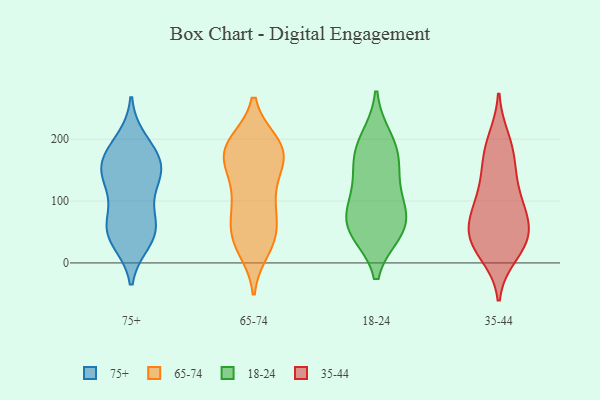
{"axis": {"x": "Latency (ms)", "y": "Value"}, "legend": ["18-24", "35-44", "65-74", "75+"], "data": [{"x": "", "y": 198, "type": "75+"}, {"x": "", "y": 155, "type": "75+"}, {"x": "", "y": 143, "type": "75+"}, {"x": "", "y": 62, "type": "75+"}, {"x": "", "y": 35, "type": "75+"}, {"x": "", "y": 43, "type": "75+"}, {"x": "", "y": 128, "type": "75+"}, {"x": "", "y": 64, "type": "75+"}, {"x": "", "y": 162, "type": "75+"}, {"x": "", "y": 150, "type": "75+"}, {"x": "", "y": 67, "type": "75+"}, {"x": "", "y": 186, "type": "75+"}, {"x": "", "y": 115, "type": "75+"}, {"x": "", "y": 42, "type": "75+"}, {"x": "", "y": 165, "type": "75+"}, {"x": "", "y": 131, "type": "65-74"}, {"x": "", "y": 193, "type": "65-74"}, {"x": "", "y": 158, "type": "65-74"}, {"x": "", "y": 74, "type": "65-74"}, {"x": "", "y": 43, "type": "65-74"}, {"x": "", "y": 32, "type": "65-74"}, {"x": "", "y": 184, "type": "65-74"}, {"x": "", "y": 42, "type": "65-74"}, {"x": "", "y": 44, "type": "65-74"}, {"x": "", "y": 86, "type": "65-74"}, {"x": "", "y": 180, "type": "65-74"}, {"x": "", "y": 97, "type": "65-74"}, {"x": "", "y": 184, "type": "65-74"}, {"x": "", "y": 104, "type": "65-74"}, {"x": "", "y": 192, "type": "65-74"}, {"x": "", "y": 189, "type": "65-74"}, {"x": "", "y": 23, "type": "65-74"}, {"x": "", "y": 166, "type": "65-74"}, {"x": "", "y": 157, "type": "65-74"}, {"x": "", "y": 51, "type": "18-24"}, {"x": "", "y": 101, "type": "18-24"}, {"x": "", "y": 161, "type": "18-24"}, {"x": "", "y": 200, "type": "18-24"}, {"x": "", "y": 62, "type": "18-24"}, {"x": "", "y": 186, "type": "18-24"}, {"x": "", "y": 52, "type": "18-24"}, {"x": "", "y": 101, "type": "18-24"}, {"x": "", "y": 63, "type": "18-24"}, {"x": "", "y": 153, "type": "18-24"}, {"x": "", "y": 58, "type": "35-44"}, {"x": "", "y": 38, "type": "35-44"}, {"x": "", "y": 199, "type": "35-44"}, {"x": "", "y": 168, "type": "35-44"}, {"x": "", "y": 123, "type": "35-44"}, {"x": "", "y": 96, "type": "35-44"}, {"x": "", "y": 88, "type": "35-44"}, {"x": "", "y": 85, "type": "35-44"}, {"x": "", "y": 14, "type": "35-44"}, {"x": "", "y": 39, "type": "35-44"}, {"x": "", "y": 144, "type": "35-44"}, {"x": "", "y": 58, "type": "35-44"}, {"x": "", "y": 24, "type": "35-44"}, {"x": "", "y": 38, "type": "35-44"}, {"x": "", "y": 185, "type": "35-44"}]}